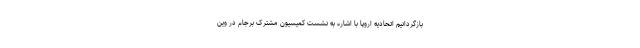
بازگردانیم اتحادیه اروپا با اشاره به نشست کمیسیون مشترک برجام در وین